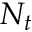
N _ { t }